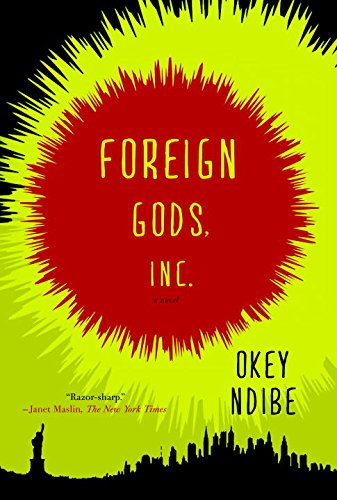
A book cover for Foreign Gods, Inc.; Okey Ndibe; Literature & Fiction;